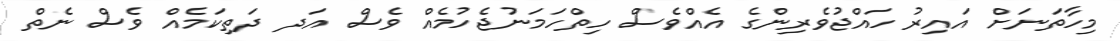
މިހާތަނަށް އައިރު ހައްޖުވެރިންގެ އެއްވެސް ހިތްހަމަނުޖެހުމެއް ވެސް އަދ ދަތިކަމެއް ވެސް ނެތް